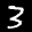
Label: 3